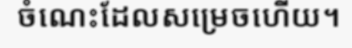
ចំណេះដែលសម្រេចហើយ។